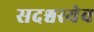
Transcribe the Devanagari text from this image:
सदश्वस्येव